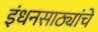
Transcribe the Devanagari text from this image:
इंधनसाठ्यांचे